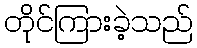
တိုင်ကြားခဲ့သည်